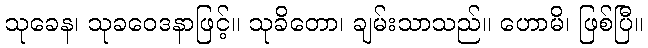
သုခေန၊ သုခဝေဒနာဖြင့်။ သုခိတော၊ ချမ်းသာသည်။ ဟောမိ၊ ဖြစ်ပြီ။